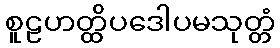
စူဠဟတ္ထိပဒေါပမသုတ္တံ